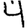
Digit: 4